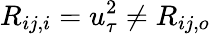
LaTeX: R_{ij,i}=u_{\tau}^{2}\ne R_{ij,o}